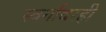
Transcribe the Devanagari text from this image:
स्वर्गावरही